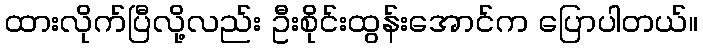
ထားလိုက်ပြီလို့လည်း ဦးစိုင်းထွန်းအောင်က ပြောပါတယ်။